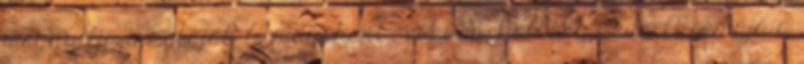
megnyitja iskoláját. A müncheni években Hollósy kedvelt témája a